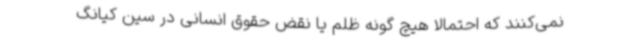
نمی‌کنند که احتمالاً هیچ گونه ظلم یا نقض حقوق انسانی در سین کیانگ